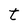
Character: t